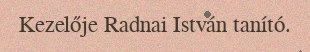
Kezelője Radnai István tanító.